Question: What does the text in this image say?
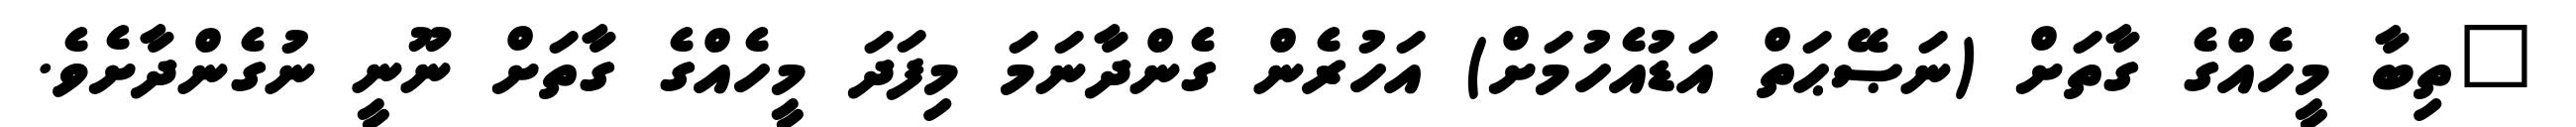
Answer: "ތިބާ މީހެއްގެ ގާތަށް (ނަޞޭޙަތް އަޑުއެހުމަށް) އަހުރެން ގެންދާނަމަ މިފަދަ މީހެއްގެ ގާތަށް ނޫނީ ނުގެންދާށެވެ.